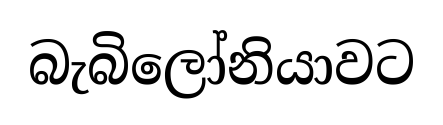
බැබිලෝනියාවට